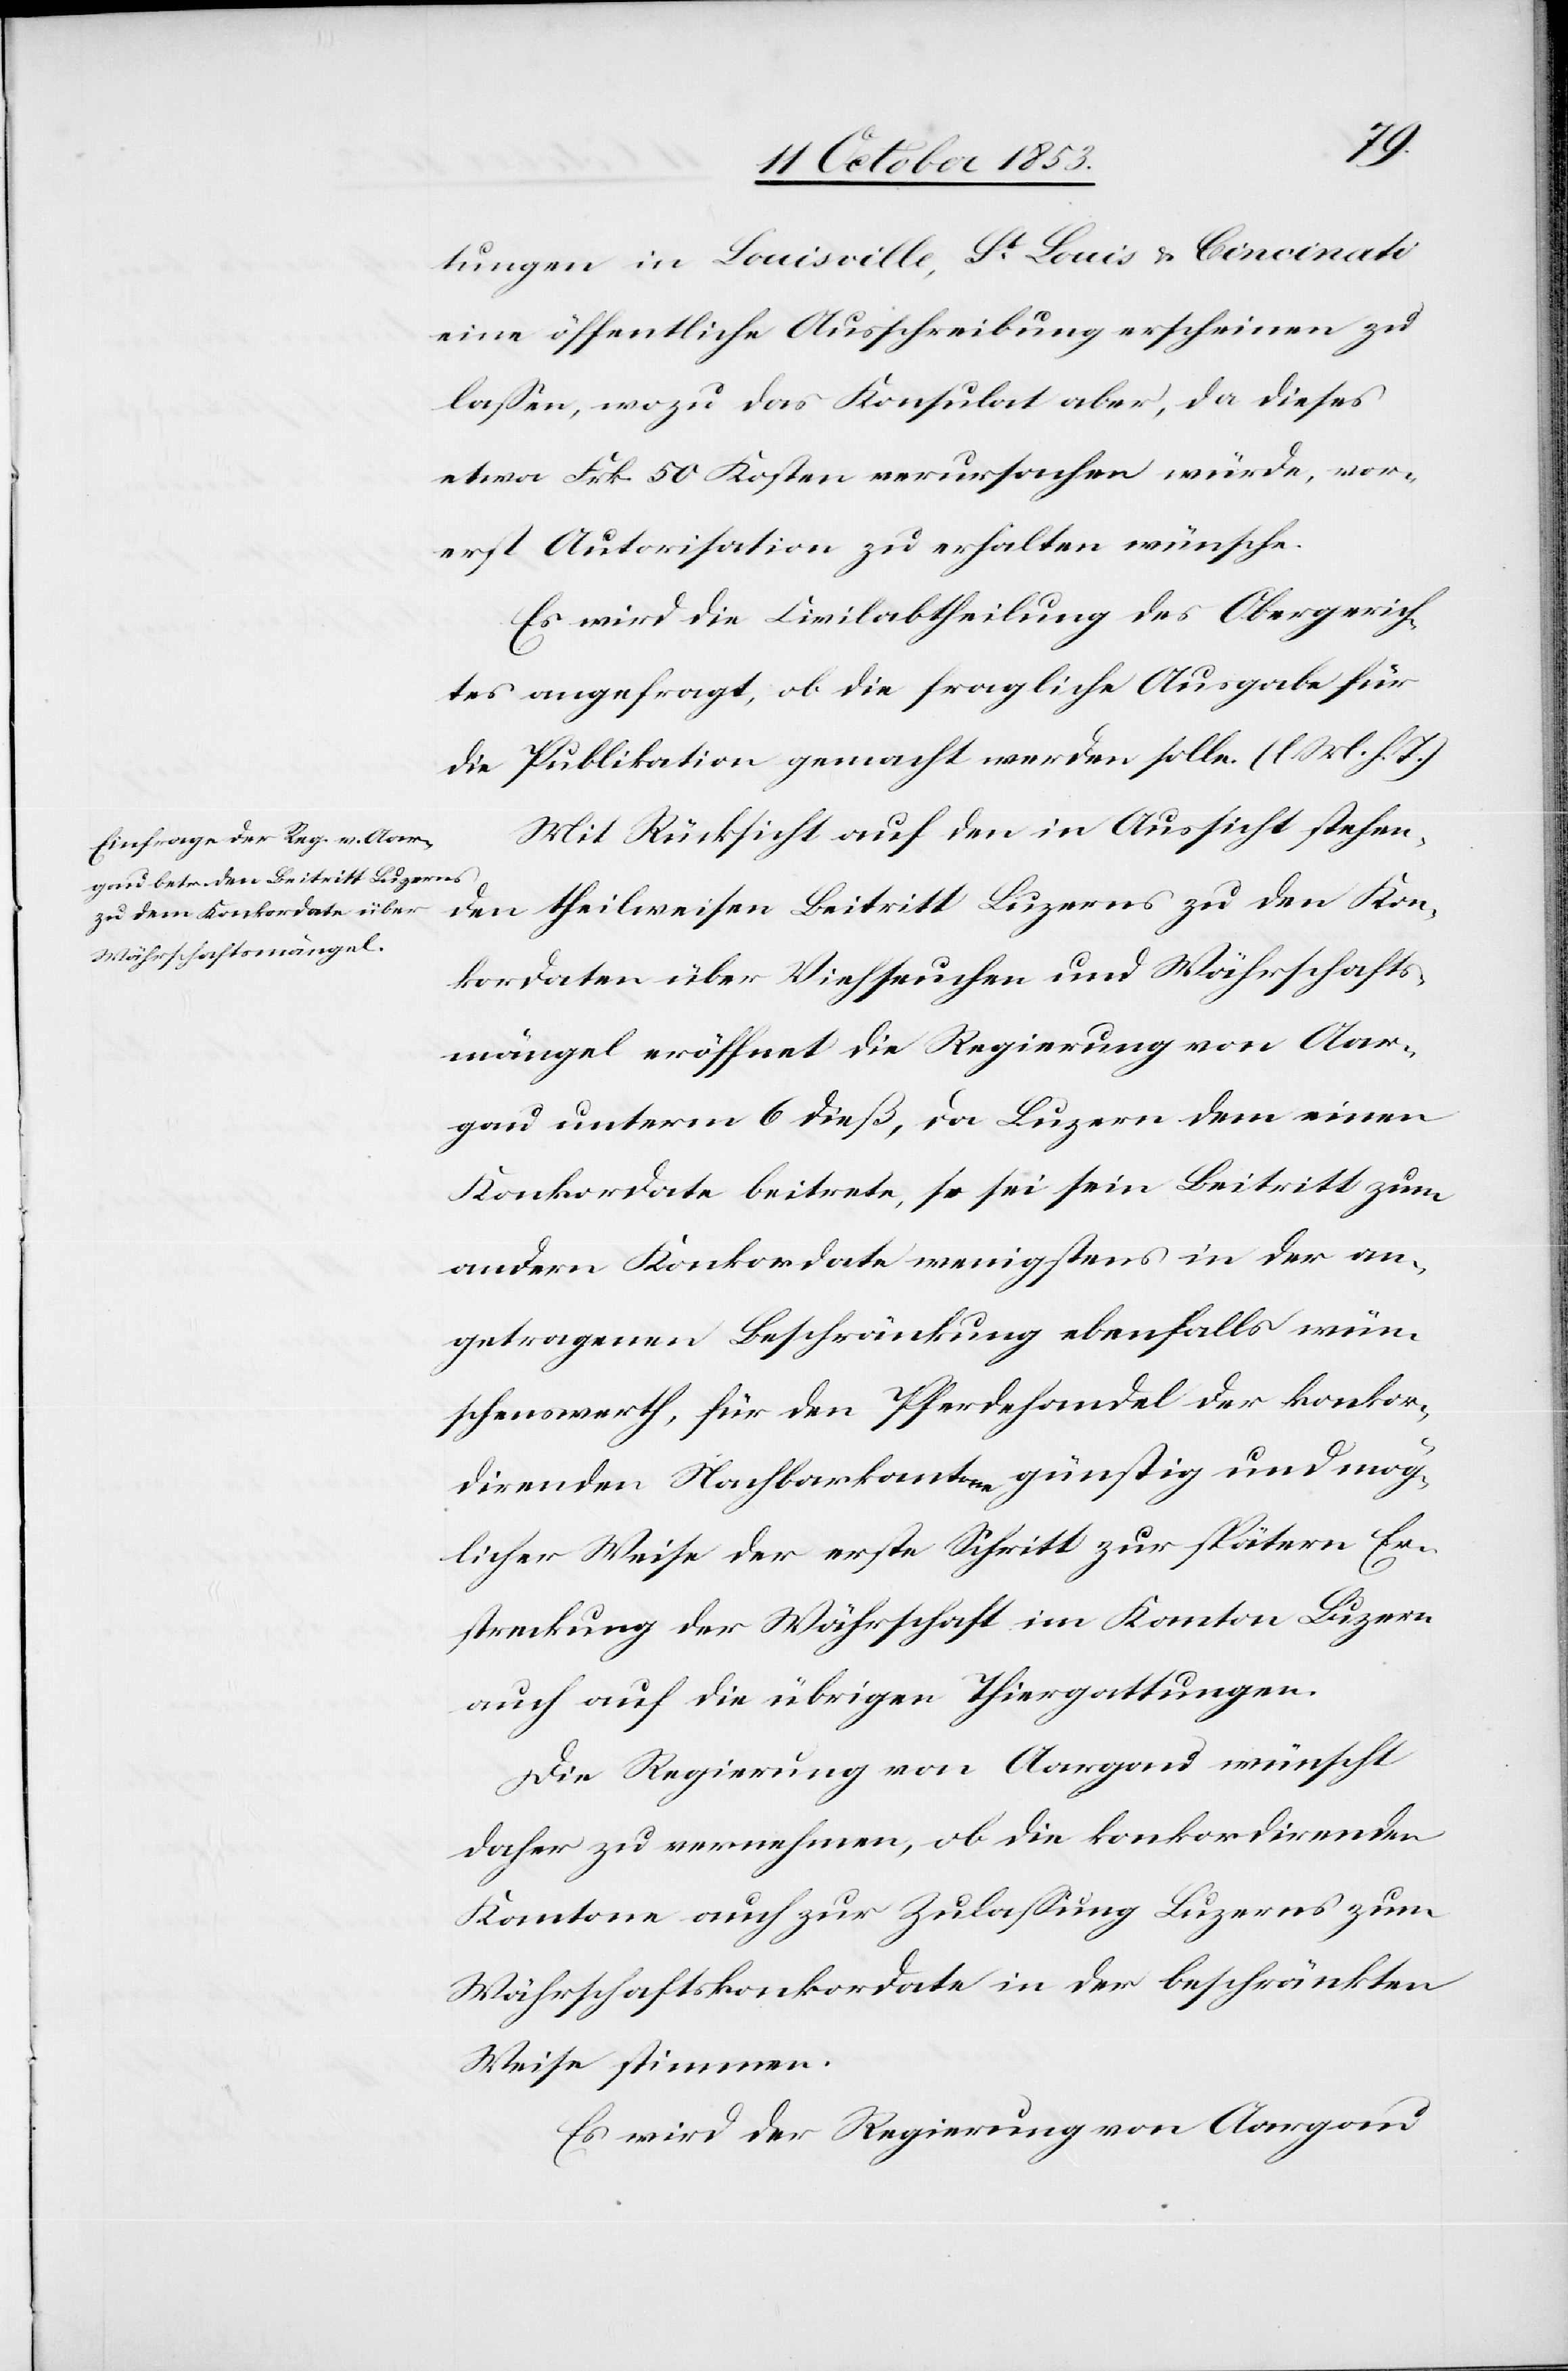
tungen in Louisville, St. Louis u. Cincinati
eine öffentliche Ausschreibung erscheinen zu
laßen, wozu das Konsulat aber, da dieses
etwa 50 Frk. Kosten verursachen würde, vor¬
erst Autorisation zu erhalten wünsche.
Es wird die Civilabtheilung des Obergerich¬
tes angefragt, ob die fragliche Ausgabe für
die Publikation gemacht werden solle. [l. M. h. T]
Mit Rücksicht auf den in Aussicht stehen¬
den theilweisen Beitritt Luzerns zu den Kon¬
kordaten über Viehseuchen und Währschaftens¬
mängel eröffnet die Regierung von Aar¬
gau unterm 6 dieß, da Luzern dem einen
Konkordate beitrete, so sei sein Beitritt zum
andern Konkordate wenigstens in der an¬
getragenen Beschränkung ebenfalls wün¬
schenswerth, für den Pferdehandel der konkor¬
direnden Nachbarkantone günstig und mög¬
licher Weise der erste Schritt zur spätern Er¬
streckung der Währschaft im Kanton Luzern
auch auf die übrigen Thiergattungen.
Die Regierung von Aargau wünscht
daher zu vernehmen, ob die konkordirenden
Kantone auch zur Zulaßung Luzerns zum
Währschaftskonkordate in der beschränkten
Weise stimmen.
Es wird der Regierung von Aargau